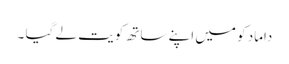
داماد کو میں اپنے ساتھ کویت لے گیا ۔